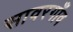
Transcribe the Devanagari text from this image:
सावरगाँव